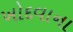
ખોદવાના